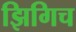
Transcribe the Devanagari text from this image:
झिगिच